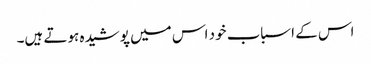
اس کے اسباب خود اس میں پوشیدہ ہوتے ہیں۔